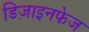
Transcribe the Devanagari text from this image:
डिज़ाइनफेज